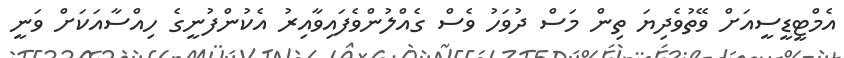
އެމްޓީޑީސީއަށް ވޭތުވެދިޔަ ތިން މަސް ދުވަހު ވެސް ގެއްލުންވެފައިވާއިރު އެކުންފުނީގެ ހިއްސާއަކަށް ވަނީ